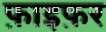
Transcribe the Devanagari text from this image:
फ़ाइफ़र